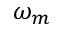
\omega _ { m }